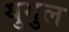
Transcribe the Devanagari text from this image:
युगुल